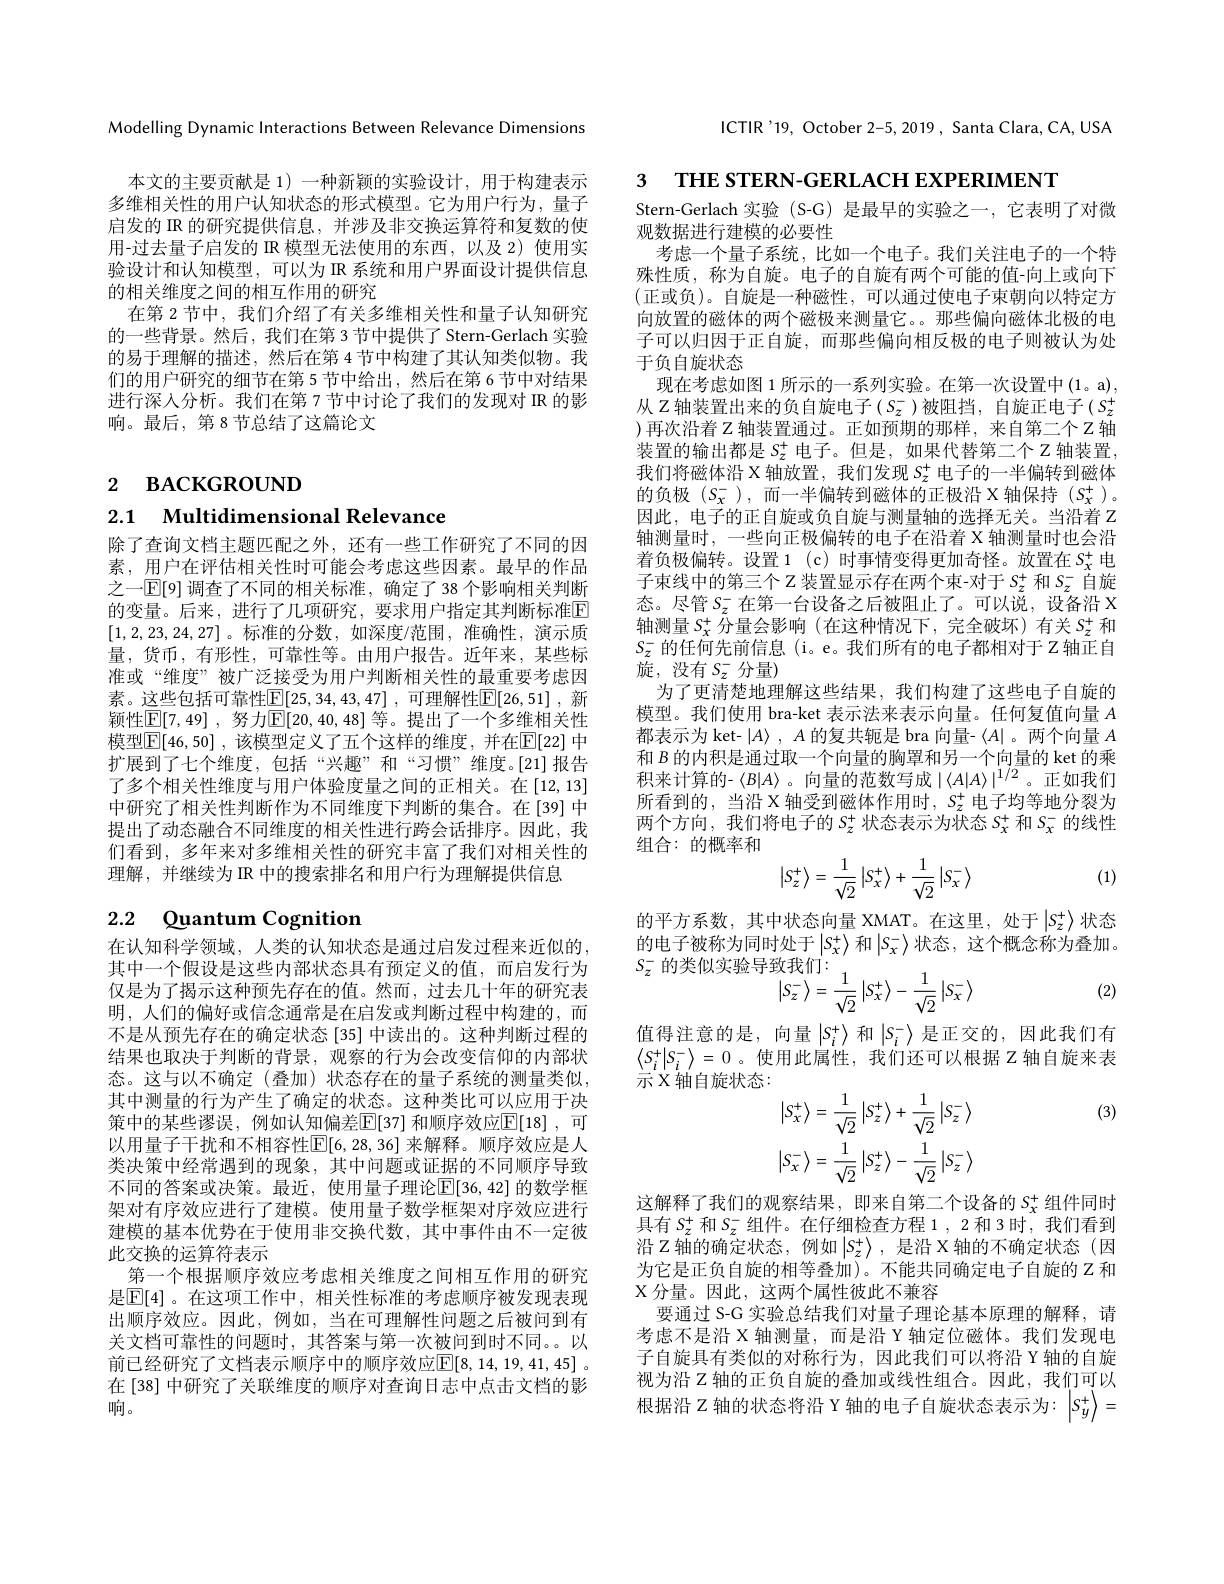
ICTIR'19, October 2-5, 2019, Santa Clara, CA, USA

Modelling Dynamic Interactions Between Relevance Dimensions

本文的主要贡献是 1) 一种新颖的实验设计，用于构建表示多维相关性的用户认知状态的形式模型。它为用户行为，量子启发的 IR 的研究提供信息，并涉及非交换运算符和复数的使用-过去量子启发的 IR 模型无法使用的东西，以及 2) 使用实验设计和认知模型，可以为 IR 系统和用户界面设计提供信息的相关维度之间的相互作用的研究
在第 2 节中，我们介绍了有关多维相关性和量子认知研究的一些背景。然后，我们在第 3 节中提供了 Stern-Gerlach 实验的易于理解的描述，然后在第 4 节中构建了其认知类似物。我们的用户研究的细节在第 5 节中给出，然后在第 6 节中对结果进行深人分析。我们在第 7 节中讨论了我们的发现对 IR 的影响。最后，第8节总结了这篇论文

# 2 васкєюооотроли $a$

2.1 Multidimensional Relevance

除了查询文档主题匹配之外，还有一些工作研究了不同的因素，用户在评估相关性时可能会考虑这些因素。最早的作品之一$\mathbb{E}[9]$ 调查了不同的相关标准，确定了 38 个影响相关判断的变量。后来，进行了几项研究，要求用户指定其判断标准$\overline{\mathrm{E}}$ [1,2,23,24,27] 。标准的分数，如深度/范围，准确性，演示质量，货币，有形性，可靠性等。由用户报告。近年来，某些标准或“维度”被广泛接受为用户判断相关性的最重要考虑因素。这些包括可靠性$\mathbb{E} [ 25, 34, 43, 47]$ , 可理解性$\mathbb{E} [ 26, 51]$ , 新颖性$\underline {\mathbb{E} }[ 7, 49]$ , 努力$\underline{\mathbb{E}}[20,40,48]$ 等。提出了一个多维相关性模型$\boxed{\mathbb{F}}[46,50]$ ,该模型定义了五个这样的维度，并在$\mathbb{E}[22]$ 中扩展到了七个维度，包括“兴趣”和“习惯”维度。[21]报告了多个相关性维度与用户体验度量之间的正相关。在[12,13] 中研究了相关性判断作为不同维度下判断的集合。在[39] 中提出了动态融合不同维度的相关性进行跨会话排序。因此，我们看到，多年来对多维相关性的研究丰富了我们对相关性的理解，并继续为 IR 中的搜索排名和用户行为理解提供信息

# 2.2 $\textcircled {\text{uantum Cognition}}$

在认知科学领域，人类的认知状态是通过启发过程来近似的， 其中一个假设是这些内部状态具有预定义的值，而启发行为仅是为了揭示这种预先存在的值。然而，过去几十年的研究表明，人们的偏好或信念通常是在启发或判断过程中构建的，而不是从预先存在的确定状态[35] 中读出的。这种判断过程的结果也取决于判断的背景，观察的行为会改变信仰的内部状态。这与以不确定(叠加)状态存在的量子系统的测量类似， 其中测量的行为产生了确定的状态。这种类比可以应用于决策中的某些谬误，例如认知偏差$\mathbb{E}[37]$ 和顺序效应$\mathbb{E}[18]$, 可以用量子干扰和不相容性$\mathbb{E}[6,28,36]$ 来解释。顺序效应是人类决策中经常遇到的现象，其中问题或证据的不同顺序导致不同的答案或决策。最近，使用量子理论$\overline{\mathbb{E}}[36,42]$ 的数学框架对有序效应进行了建模。使用量子数学框架对序效应进行建模的基本优势在于使用非交换代数，其中事件由不一定彼此交换的运算符表示
第一个根据顺序效应考虑相关维度之间相互作用的研究是$\mathbb{E}[4]$。在这项工作中，相关性标准的考虑顺序被发现表现出顺序效应。因此，例如，当在可理解性问题之后被问到有关文档可靠性的问题时，其答案与第一次被问到时不同。。以前已经研究了文档表示顺序中的顺序效应$\mathbb{E}[8,14,19,41,45]$ 。在[38] 中研究了关联维度的顺序对查询日志中点击文档的影响。

3 THE STERN-GERLACH EXPERIMENT
Stern-Gerlach 实验 (S-G) 是最早的实验之一，它表明了对微
观数据进行建模的必要性
考虑一个量子系统，比如一个电子。我们关注电子的一个特殊性质，称为自旋。电子的自旋有两个可能的值-向上或向下(正或负)。自旋是一种磁性，可以通过使电子束朝向以特定方向放置的磁体的两个磁极来测量它。。那些偏向磁体北极的电子可以归因于正自旋，而那些偏向相反极的电子则被认为处于负自旋状态
现在考虑如图 1 所示的一系列实验。在第一次设置中(1。a), 从$Z$轴装置出来的负自旋电子($S_z^-$)被阻挡，自旋正电子($S_z^+$ )再次沿着$Z$轴装置通过。正如预期的那样，来自第二个$Z$轴装置的输出都是$S_z^+$电子。但是，如果代替第二个 Z 轴装置， 我们将磁体沿 X 轴放置，我们发现$S_z^+$电子的一半偏转到磁体$的负极(S_{x}^{-}),而一半偏转到磁体的正极沿 X 轴保持 (S_{x}^{+})$。因此，电子的正自旋或负自旋与测量轴的选择无关。当沿着 Z 轴测量时，一些向正极偏转的电子在沿着 X 轴测量时也会沿着负极偏转。设置 1 (c) 时事情变得更加奇怪。放置在$S_x^+$电子束线中的第三个$Z$ 装置显示存在两个束-对于$S_z^+$ 和$S_z^-$ 自旋态。尽管$S_z^-$ 在第一台设备之后被阻止了。可以说，设备沿 X 轴测量$S_x^+$分量会影响 (在这种情况下，完全破坏)有关$S_z^+$和$S_z^-$的任何先前信息 (i。e。我们所有的电子都相对于 Z 轴正自旋，没有$S_z^-$分量)
为了更清楚地理解这些结果，我们构建了这些电子自旋的模型。我们使用 bra-ket 表示法来表示向量。任何复值向量$A$ 都表示为 ket- $| A\rangle$ , $A$的复共轭是 bra 向量- $\langle A|$。两个向量$A$ 和$B$的内积是通过取一个向量的胸罩和另一个向量的 ket 的乘积来计算的- $\langle B|A\rangle$ 。向量的范数写成$|\langle A|A\rangle|^1/2$ 。正如我们所看到的，当沿 X 轴受到磁体作用时$,S_z^+$电子均等地分裂为两个方向，我们将电子的$S_z^+$状态表示为状态$S_x^+$和$S_x^-$的线性组合：的概率和
$$\begin{vmatrix}S_z^+\\\end{vmatrix}=\frac{1}{\sqrt{2}}\begin{vmatrix}S_x^+\\\end{vmatrix}+\frac{1}{\sqrt{2}}\begin{vmatrix}S_x^-\\\end{vmatrix}$$
(1)

的平方系数，其中状态向量 XMAT。在这里，处于$\left|S_z^+\right\rangle$状态的电子被称为同时处于$\left|S_x^+\right\rangle$和$\left|S_x^-\right\rangle$状态，这个概念称为叠加。$S_z^-$的类似实验导致我们：
$$\begin{array}{l}{{\text{致我们:}}}\\{{\left|S_{z}^{-}\right\rangle=\frac{1}{\sqrt{2}}\left|S_{x}^{+}\right\rangle-\frac{1}{\sqrt{2}}\left|S_{x}^{-}\right\rangle}}\end{array}$$
(2)

值得注意的是，向量$\left|S_i^+\right\rangle$和$\left|S_i^-\right\rangle$是正交的，因此我们有$\left\langle S_{i}^{+}|S_{i}^{-}\right\rangle=0$。使用此属性，我们还可以根据 Z 轴自旋来表示 X 轴自旋状态：

(3)
$$\left|S_{x}^{+}\right\rangle=\frac{1}{\sqrt{2}}\left|S_{z}^{+}\right\rangle+\frac{1}{\sqrt{2}}\left|S_{z}^{-}\right\rangle\\\left|S_{x}^{-}\right\rangle=\frac{1}{\sqrt{2}}\left|S_{z}^{+}\right\rangle-\frac{1}{\sqrt{2}}\left|S_{z}^{-}\right\rangle $$
这解释了我们的观察结果，即来自第二个设备的$S_x^+$组件同时具有$S_z^+$和$S_z^-$组件。在仔细检查方程 1 , 2 和 3 时，我们看到沿$Z$轴的确定状态，例如$\left|S_z^+\right\rangle$,是沿 X 轴的不确定状态(因为它是正负自旋的相等叠加)。不能共同确定电子自旋的$Z$和X 分量。因此，这两个属性彼此不兼容
要通过 S-G 实验总结我们对量子理论基本原理的解释，请考虑不是沿 X 轴测量，而是沿 Y 轴定位磁体。我们发现电子自旋具有类似的对称行为，因此我们可以将沿 Y轴的自旋视为沿 Z 轴的正负自旋的叠加或线性组合。因此，我们可以根据沿 Z 轴的状态将沿 Y 轴的电子自旋状态表示为$:\left|S_y^+\right\rangle=$